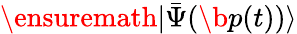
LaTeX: \ensuremath{\vert\bar{\Psi}(\b{p}(t))\rangle}